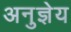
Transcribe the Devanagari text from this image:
अनुज्ञेय